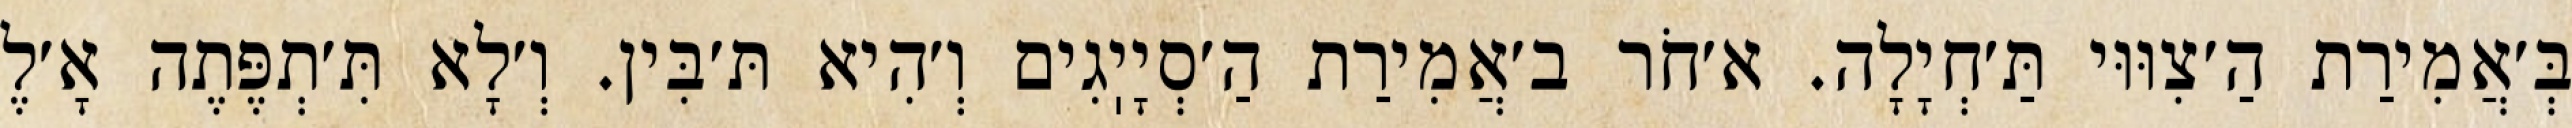
בְּ׳אֲמִירַת הַ׳צִוּוּי תַּ׳חְיָלָה. א׳חֹר ב׳אֲמִירַת הַ׳סְיָיֽגִים וְ׳הִיא תּ׳בִּין. וְ׳לָא תִּ׳תְפֶּתֶה אָ׳לֶ